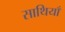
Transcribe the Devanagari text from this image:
साथियाँ